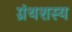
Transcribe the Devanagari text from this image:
ग्रंथशस्य